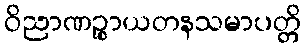
ဝိညာဏဉ္စာယတနသမာပတ္တိ